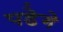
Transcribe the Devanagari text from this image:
पडे़गे